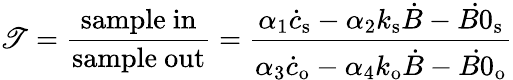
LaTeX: \mathscr{T}=\frac{{\mathrm{{sample\ in}}}}{{\mathrm{{sample\ out}}}}=\frac{{\alpha_{1}\dot{{c}}_{\mathrm{{s}}}-\alpha_{2}k_{\mathrm{{s}}}\dot{{B}}-\dot{{B0}}_{\mathrm{{s}}}}}{{\alpha_{3}\dot{{c}}_{\mathrm{{o}}}-\alpha_{4}k_{\mathrm{{o}}}\dot{{B}}-\dot{{B0}}_{\mathrm{{o}}}}}